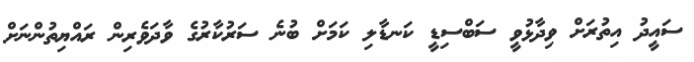
ސައީދު އިތުރަށް ވިދާޅުވީ ސަބްސިޑީ ކަނޑާލި ކަމަށް ބުނެ ސަރުކާރުގެ ވާދަވެރިން ރައްޔިތުންނަށް